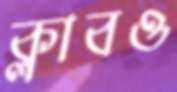
ক্লাবও